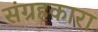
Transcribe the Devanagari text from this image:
संग्रहकारा